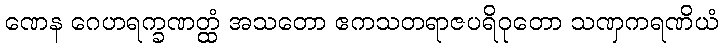
ဏေန ဂေဟရက္ခဏတ္ထံ အသတော ဧကသတရာဇပရိဝုတော သဏှကရဏိယံ